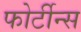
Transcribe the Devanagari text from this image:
फोर्टीन्स